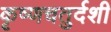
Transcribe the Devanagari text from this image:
कृष्णचतुर्दशी